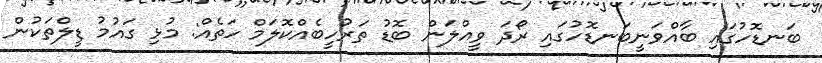
ބަނޑޮހުގައި ބާއްވަނީބަނޑޮހުގައި ރޯދަ ވީއްލަން ބޮޑު ތަރުހީބެއްކޮލަމް ހަތެއް: މުޅި ގައުމު ޑީލްތަކުން